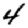
Digit: 4